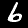
Label: 6